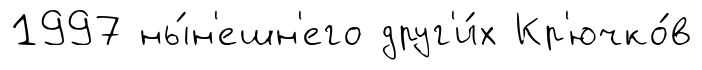
1997 ны́н'ешн'его друг'и́х Кр'ючко́в